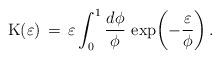
LaTeX: \begin{align*}{\rm K}(\varepsilon) \,=\, \varepsilon \int_0^1 \frac{d\phi}{\phi}\, \exp{\!\left(-\frac{\varepsilon}{\phi}\right)}\,.\end{align*}